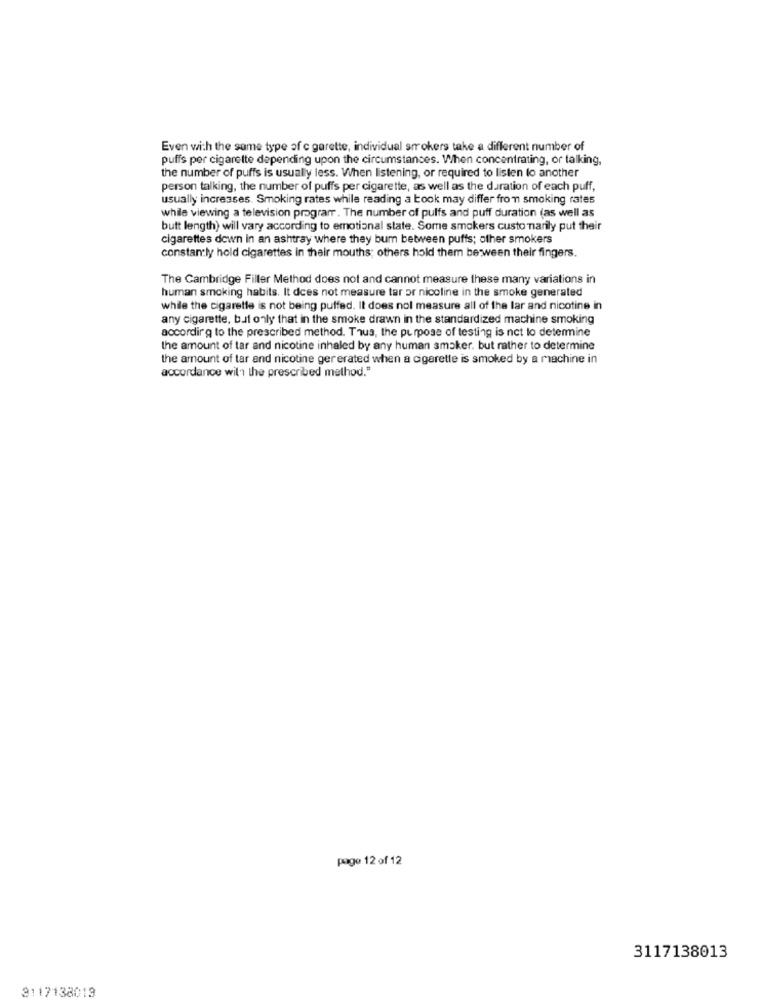
Even with the same type of c garette, individual smokers take a different number of
puffs per cigarette depending upon the circumstances. When concentrating, or talking,
the number of puffs is usually less. When listening, or required to listen to another
person talking, the number of puffs per cigarette, as well as the duration of each puff,
usually increases. Smoking rates while reading a book may differ from smoking rates
while viewing a television program. The number of pulfs and puff duration (as well as
butt length) will vary according to emotional state. Some smokers custo marily put their
cigarettes down in an ashtray where they bum between puffs; other smokers
constantly hold cigarettes in their mouths; others hold them between their fingers.
The Cambridge Filler Method does not and cannot measure these many variations in
human smoking habits. It does not measure tar or nicoline in the smoke generated
while the cigarette is not being puffed. It does not measure all of the lar and nicotine in
any cigarette, but only that in the smoke drawn in the standardized machine smoking
according to the prescribed method. Thus, the purpose of testing is not to determine
the amount of tar and nicotine inhaled by any human smoker. but rather to determine
the amount of tar and nicotine ger erated when a cigarette is smoked by a machine in
accordance with the prescribed method."
page 12 of 12
3117138013
3117138013